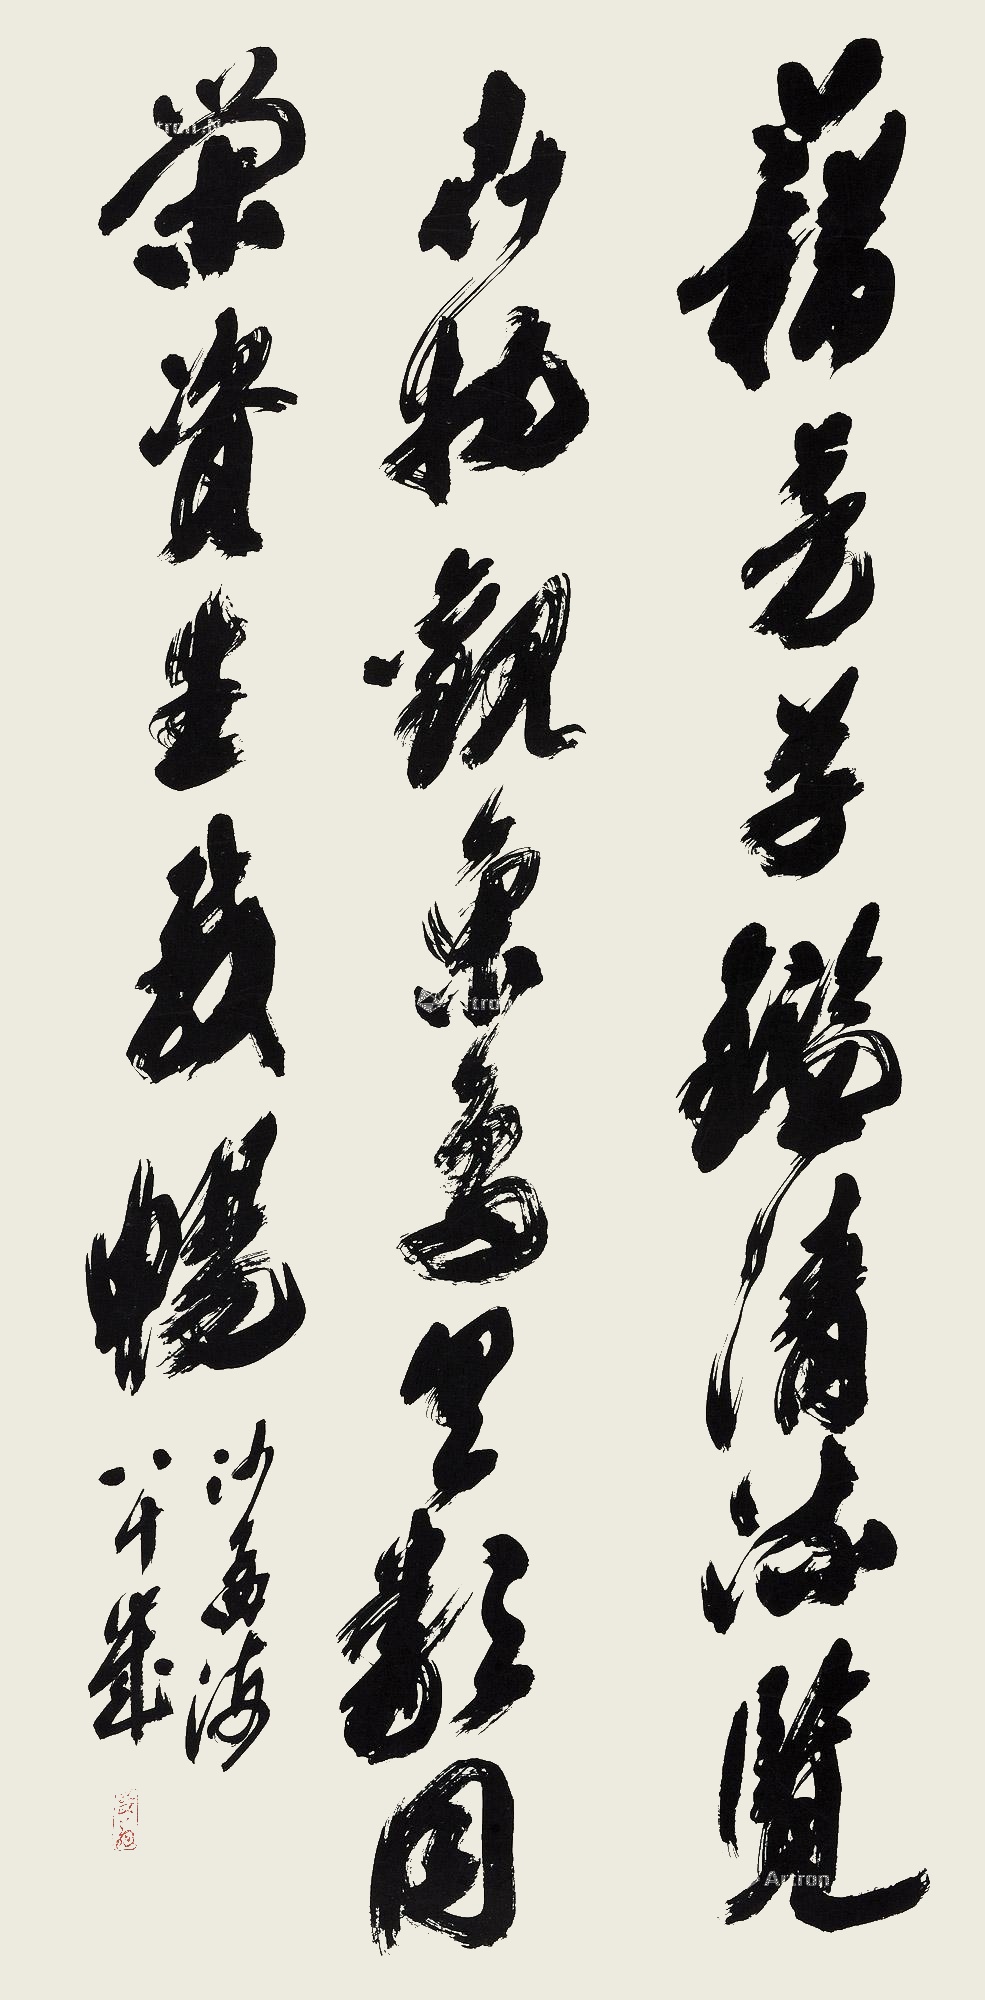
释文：藉芳草，鉴清流，览卉物，观鱼鸟，具类同荣，资生成畅。沙孟海八十岁。